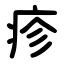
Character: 疹